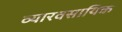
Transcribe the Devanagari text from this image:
व्यारवसायिक